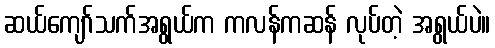
ဆယ်ကျော်သက်အရွယ်က ကလန်ကဆန် လုပ်တဲ့ အရွယ်ပဲ။